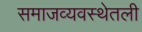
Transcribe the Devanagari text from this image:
समाजव्यवस्थेतली